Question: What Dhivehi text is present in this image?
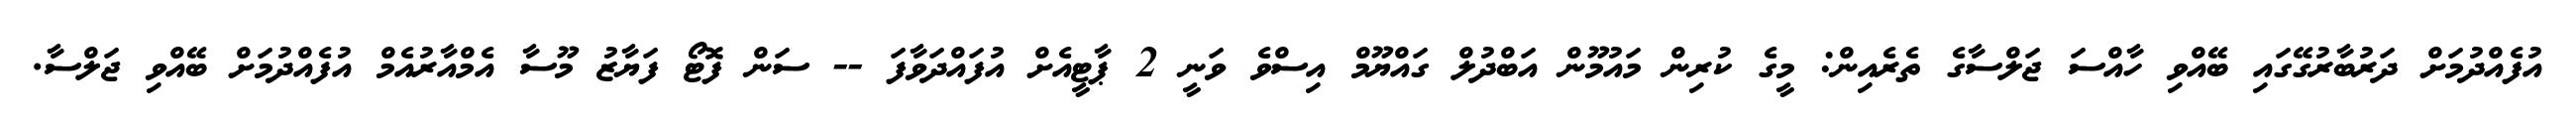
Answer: އުފެއްދުމަށް ދަރުބާރުގޭގައި ބޭއްވި ހާއްސަ ޖަލްސާގެ ތެރެއިން: މީގެ ކުރިން މައުމޫން އަބްދުލް ގައްޔޫމް އިސްވެ ވަނީ 2 ޕާޓީއެށް އުފައްދަވާފަ -- ސަން ފޮޓޯ ފަޔާޒު މޫސާ އެމްއާރުއެމް އުފެއްދުމަށް ބޭއްވި ޖަލްސާ.